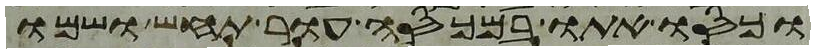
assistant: וכסו אתו במכסה עור תחש ושמו